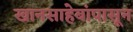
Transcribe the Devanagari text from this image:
खानसाहेबांपासून